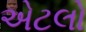
એટલો